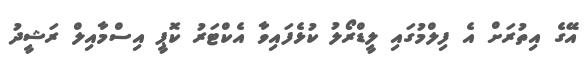
އޭގެ އިތުރަށް އެ ފިލްމުގައި ލީޑްރޯލު ކުޅެފައިވާ އެކްޓަރު ކޮޕީ އިސްމާއިލް ރަޝީދު